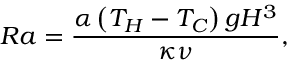
R a = \frac { \alpha \left( T _ { H } - T _ { C } \right) g H ^ { 3 } } { \kappa \nu } ,